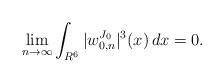
LaTeX: \begin{align*}\lim_{n\to\infty}\int_{R^6}|w^{J_0}_{0,n}|^3(x)\,dx=0.\end{align*}